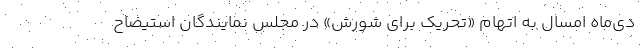
دی‌ماه امسال به اتهام «تحریک برای شورش» در مجلس نمایندگان استیضاح